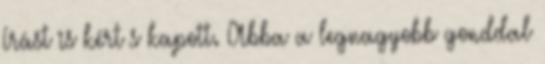
Írást is kért s kapott. Abba a legnagyobb gonddal